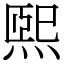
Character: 煕